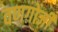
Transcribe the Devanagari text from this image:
वणगोजी